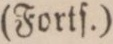
3:o att erſättningen af betalande patienter ſkall wid